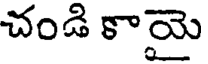
చండి కాయై